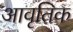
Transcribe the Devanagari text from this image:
आवृतिक